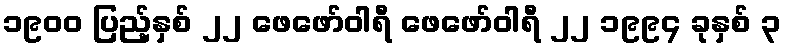
၁၉၀၀ ပြည့်နှစ် ၂၂ ဖေဖော်ဝါရီ ဖေဖော်ဝါရီ ၂၂ ၁၉၉၄ ခုနှစ် ၃